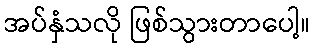
အပ်နှံသလို ဖြစ်သွားတာပေါ့။